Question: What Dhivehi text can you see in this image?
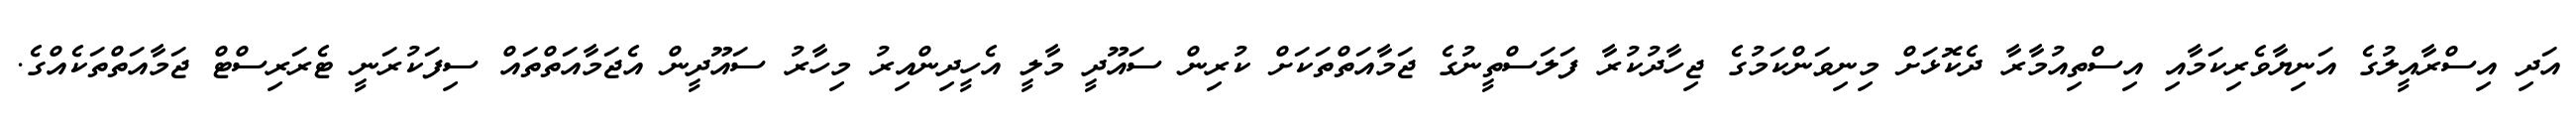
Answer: އަދި އިސްރާއީލުގެ އަނިޔާވެރިކަމާއި އިސްތިއުމާރާ ދެކޮޅަށް މިނިވަންކަމުގެ ޖިހާދުކުރާ ފަލަސްތީނުގެ ޖަމާއަތްތަކަށް ކުރިން ސައޫދީ މާލީ އެހީދިންއިރު މިހާރު ސައޫދީން އެޖަމާއަތްތައް ސިފަކުރަނީ ޓެރަރިސްޓް ޖަމާއަތްތަކެއްގެ.